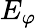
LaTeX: E_{\varphi}